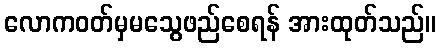
လောကဝတ်မှမသွေဖည်စေရန် အားထုတ်သည်။